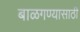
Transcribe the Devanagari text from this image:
बाळगण्यासाठी